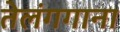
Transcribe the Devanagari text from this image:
तेलंगगाना